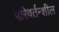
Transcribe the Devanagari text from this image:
परिवर्तन्शील